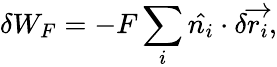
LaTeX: \delta W_{F}=-F\sum_{i}\hat{n_{i}}\cdot\delta\overrightarrow{r_{i}},